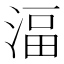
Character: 湢